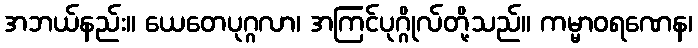
အဘယ်နည်း။ ယေတေပုဂ္ဂလာ၊ အကြင်ပုဂ္ဂိုလ်တို့သည်။ ကမ္မာဝရဏေန၊